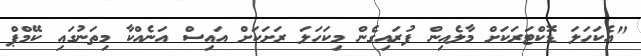
"އެކަހަލަ ޑޮކްޓަރަކަށް މާލެއިން ފުރައިގެން މިކަހަލަ ރަށަކަށް އައިސް އަނެއްކާ މިތަނުގައި ކޭމްޕް